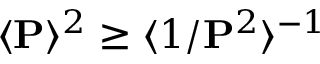
\langle \mathbf { P } \rangle ^ { 2 } \ge \langle 1 / \mathbf { P } ^ { 2 } \rangle ^ { - 1 }